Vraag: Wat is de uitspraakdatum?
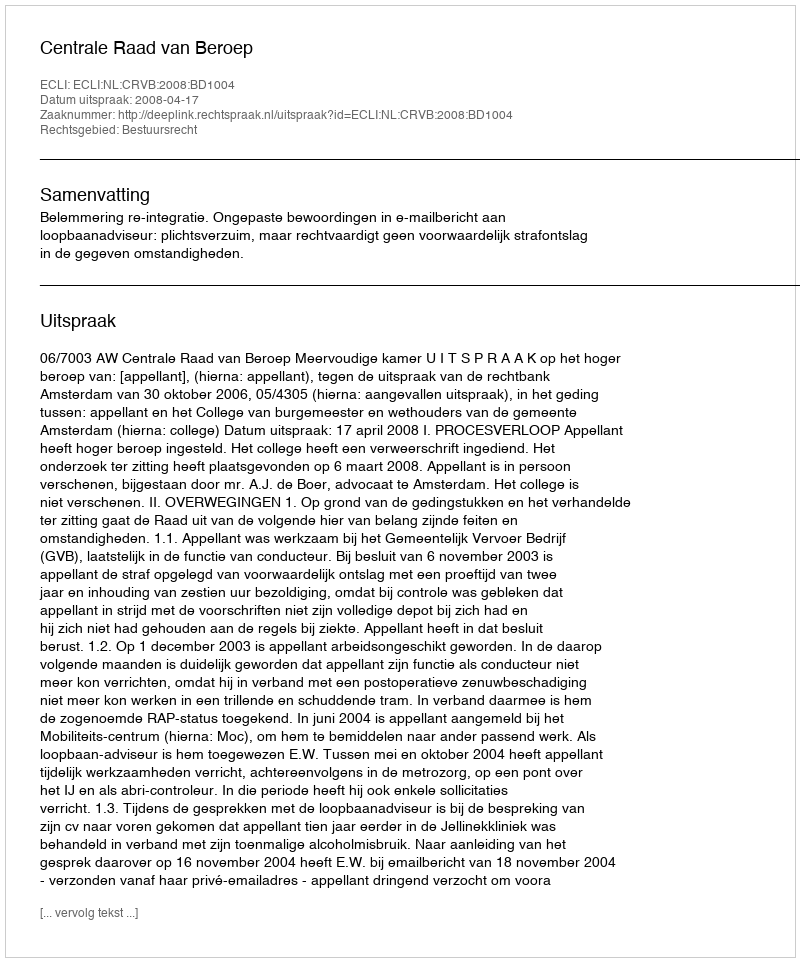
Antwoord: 2008-04-17